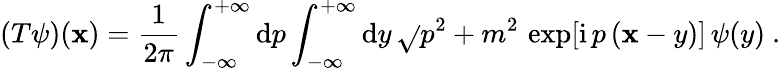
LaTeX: (T\psi)(\mathbf{x})=\frac{{1}}{{2\pi}}\int_{-\infty}^{+\infty}\mathrm{{d}}p\int_{-\infty}^{+\infty}\mathrm{{d}}y\, \sqrt{}{{p^{2}+m^{2}}}\, \exp[\mathrm{{i}}\, p\, (\mathbf{x}-y)]\, \psi(y)\ .